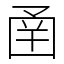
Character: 圅